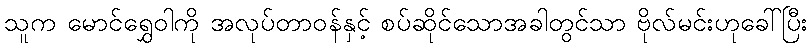
သူက မောင်ရွှေဝါကို အလုပ်တာဝန်နှင့် စပ်ဆိုင်သောအခါတွင်သာ ဗိုလ်မင်းဟုခေါ်ပြီး